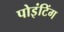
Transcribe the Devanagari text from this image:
पोइंटिंग